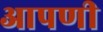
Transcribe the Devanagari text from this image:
आपणी